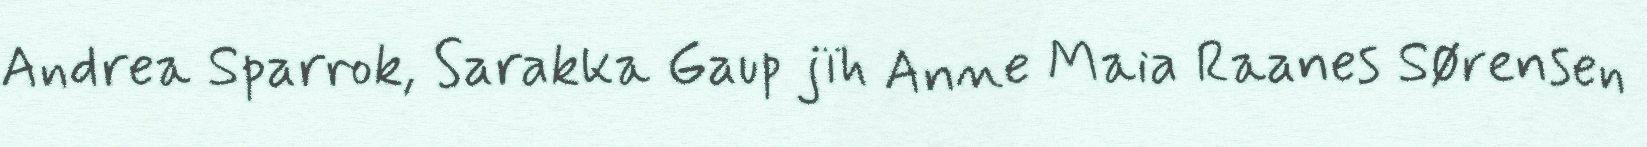
Andrea Sparrok, Sarakka Gaup jïh Anne Maia Raanes Sørensen